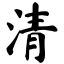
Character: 清